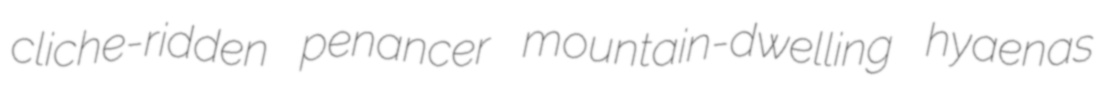
cliche-ridden penancer mountain-dwelling hyaenas